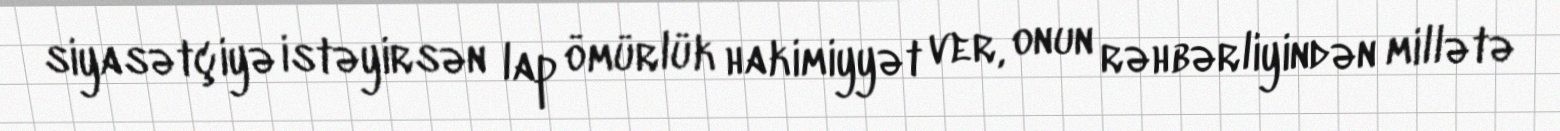
siyasətçiyə istəyirsən lap ömürlük hakimiyyət ver, onun rəhbərliyindən millətə